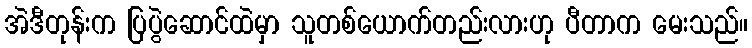
အဲဒီတုန်းက ပြပွဲဆောင်ထဲမှာ သူတစ်ယောက်တည်းလားဟု ပီတာက မေးသည်။